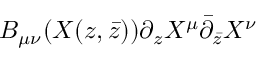
B _ { \mu \nu } ( X ( z , \bar { z } ) ) \partial _ { z } X ^ { \mu } \bar { \partial } _ { \bar { z } } X ^ { \nu }